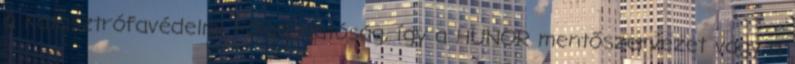
a Katasztrófavédelmi Főigazgatóság, így a HUNOR mentőszervezet vagy a